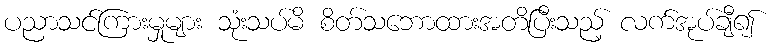
ပညာသင်ကြားမှုများ သုံးသပ်မိ စိတ်သဘောထားအတိပြီးသည့် လက်အုပ်ချီ၍